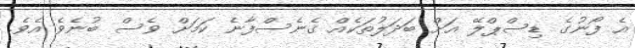
އެ ފޯނުގެ ޑިސްޕްލޭ އަށް ބަދަލުތަކެއް ގެނެސްފާނެ ކަމަށް ވެސް ބުނެވެ އެވެ.